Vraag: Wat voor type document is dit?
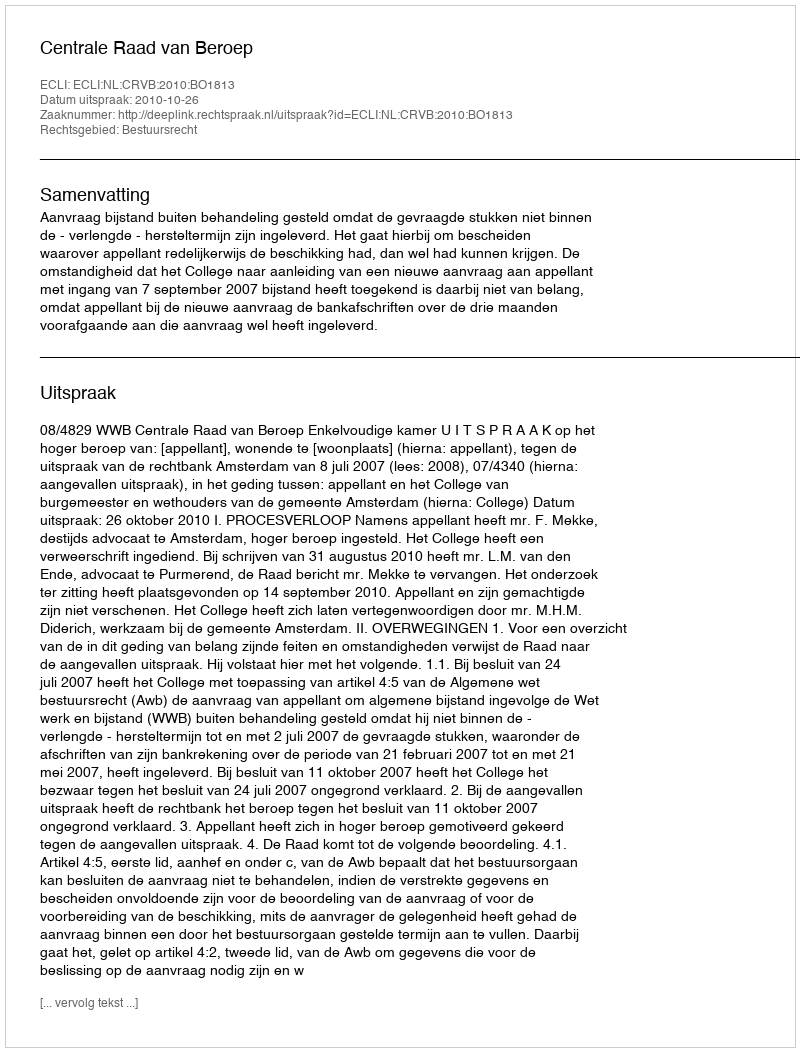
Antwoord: Uitspraak